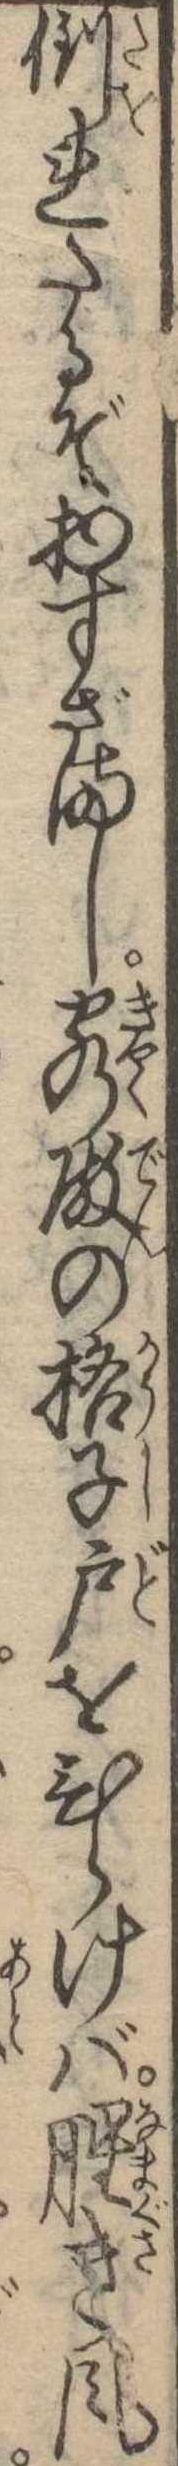
倒れたるぞ物すざまし客殿の格子戸をひらけば腥き風